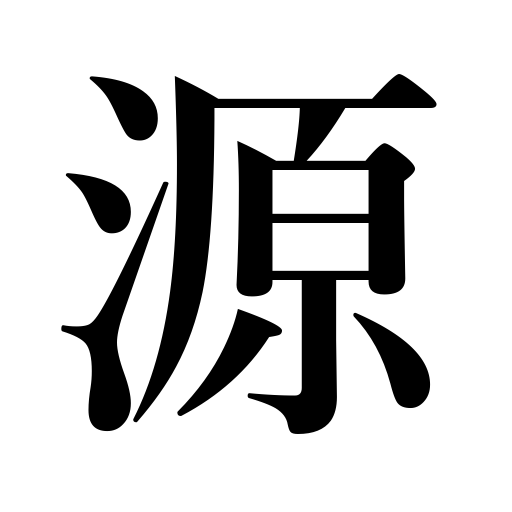
Meanings: origin,source